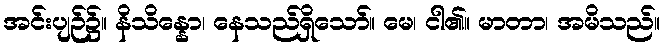
အင်းပျဉ်၌။ နိသိန္နော၊ နေသည်ရှိသော်။ မေ၊ ငါ၏။ မာတာ၊ အမိသည်။